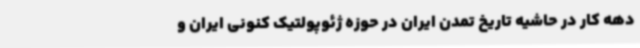
دهه کار در حاشیه تاریخ تمدن ایران در حوزه ژئوپولتیک‌ کنونی ایران و